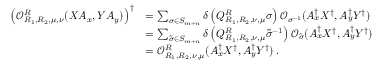
\begin{array} { r l } { \left( \mathcal { O } _ { R _ { 1 } , R _ { 2 } , \mu , \nu } ^ { R } ( X A _ { x } , Y A _ { y } ) \right) ^ { \dagger } } & { = \sum _ { \sigma \in S _ { m + n } } \delta \left( Q _ { R _ { 1 } , R _ { 2 } , \nu , \mu } ^ { R } \sigma \right) \mathcal { O } _ { \sigma ^ { - 1 } } ( A _ { x } ^ { \dagger } X ^ { \dagger } , A _ { y } ^ { \dagger } Y ^ { \dagger } ) } \\ & { = \sum _ { \tilde { \sigma } \in S _ { m + n } } \delta \left( Q _ { R _ { 1 } , R _ { 2 } , \nu , \mu } ^ { R } \tilde { \sigma } ^ { - 1 } \right) \mathcal { O } _ { \tilde { \sigma } } ( A _ { x } ^ { \dagger } X ^ { \dagger } , A _ { y } ^ { \dagger } Y ^ { \dagger } ) } \\ & { = \mathcal { O } _ { R _ { 1 } , R _ { 2 } , \nu , \mu } ^ { R } ( A _ { x } ^ { \dagger } X ^ { \dagger } , A _ { y } ^ { \dagger } Y ^ { \dagger } ) \, . } \end{array}